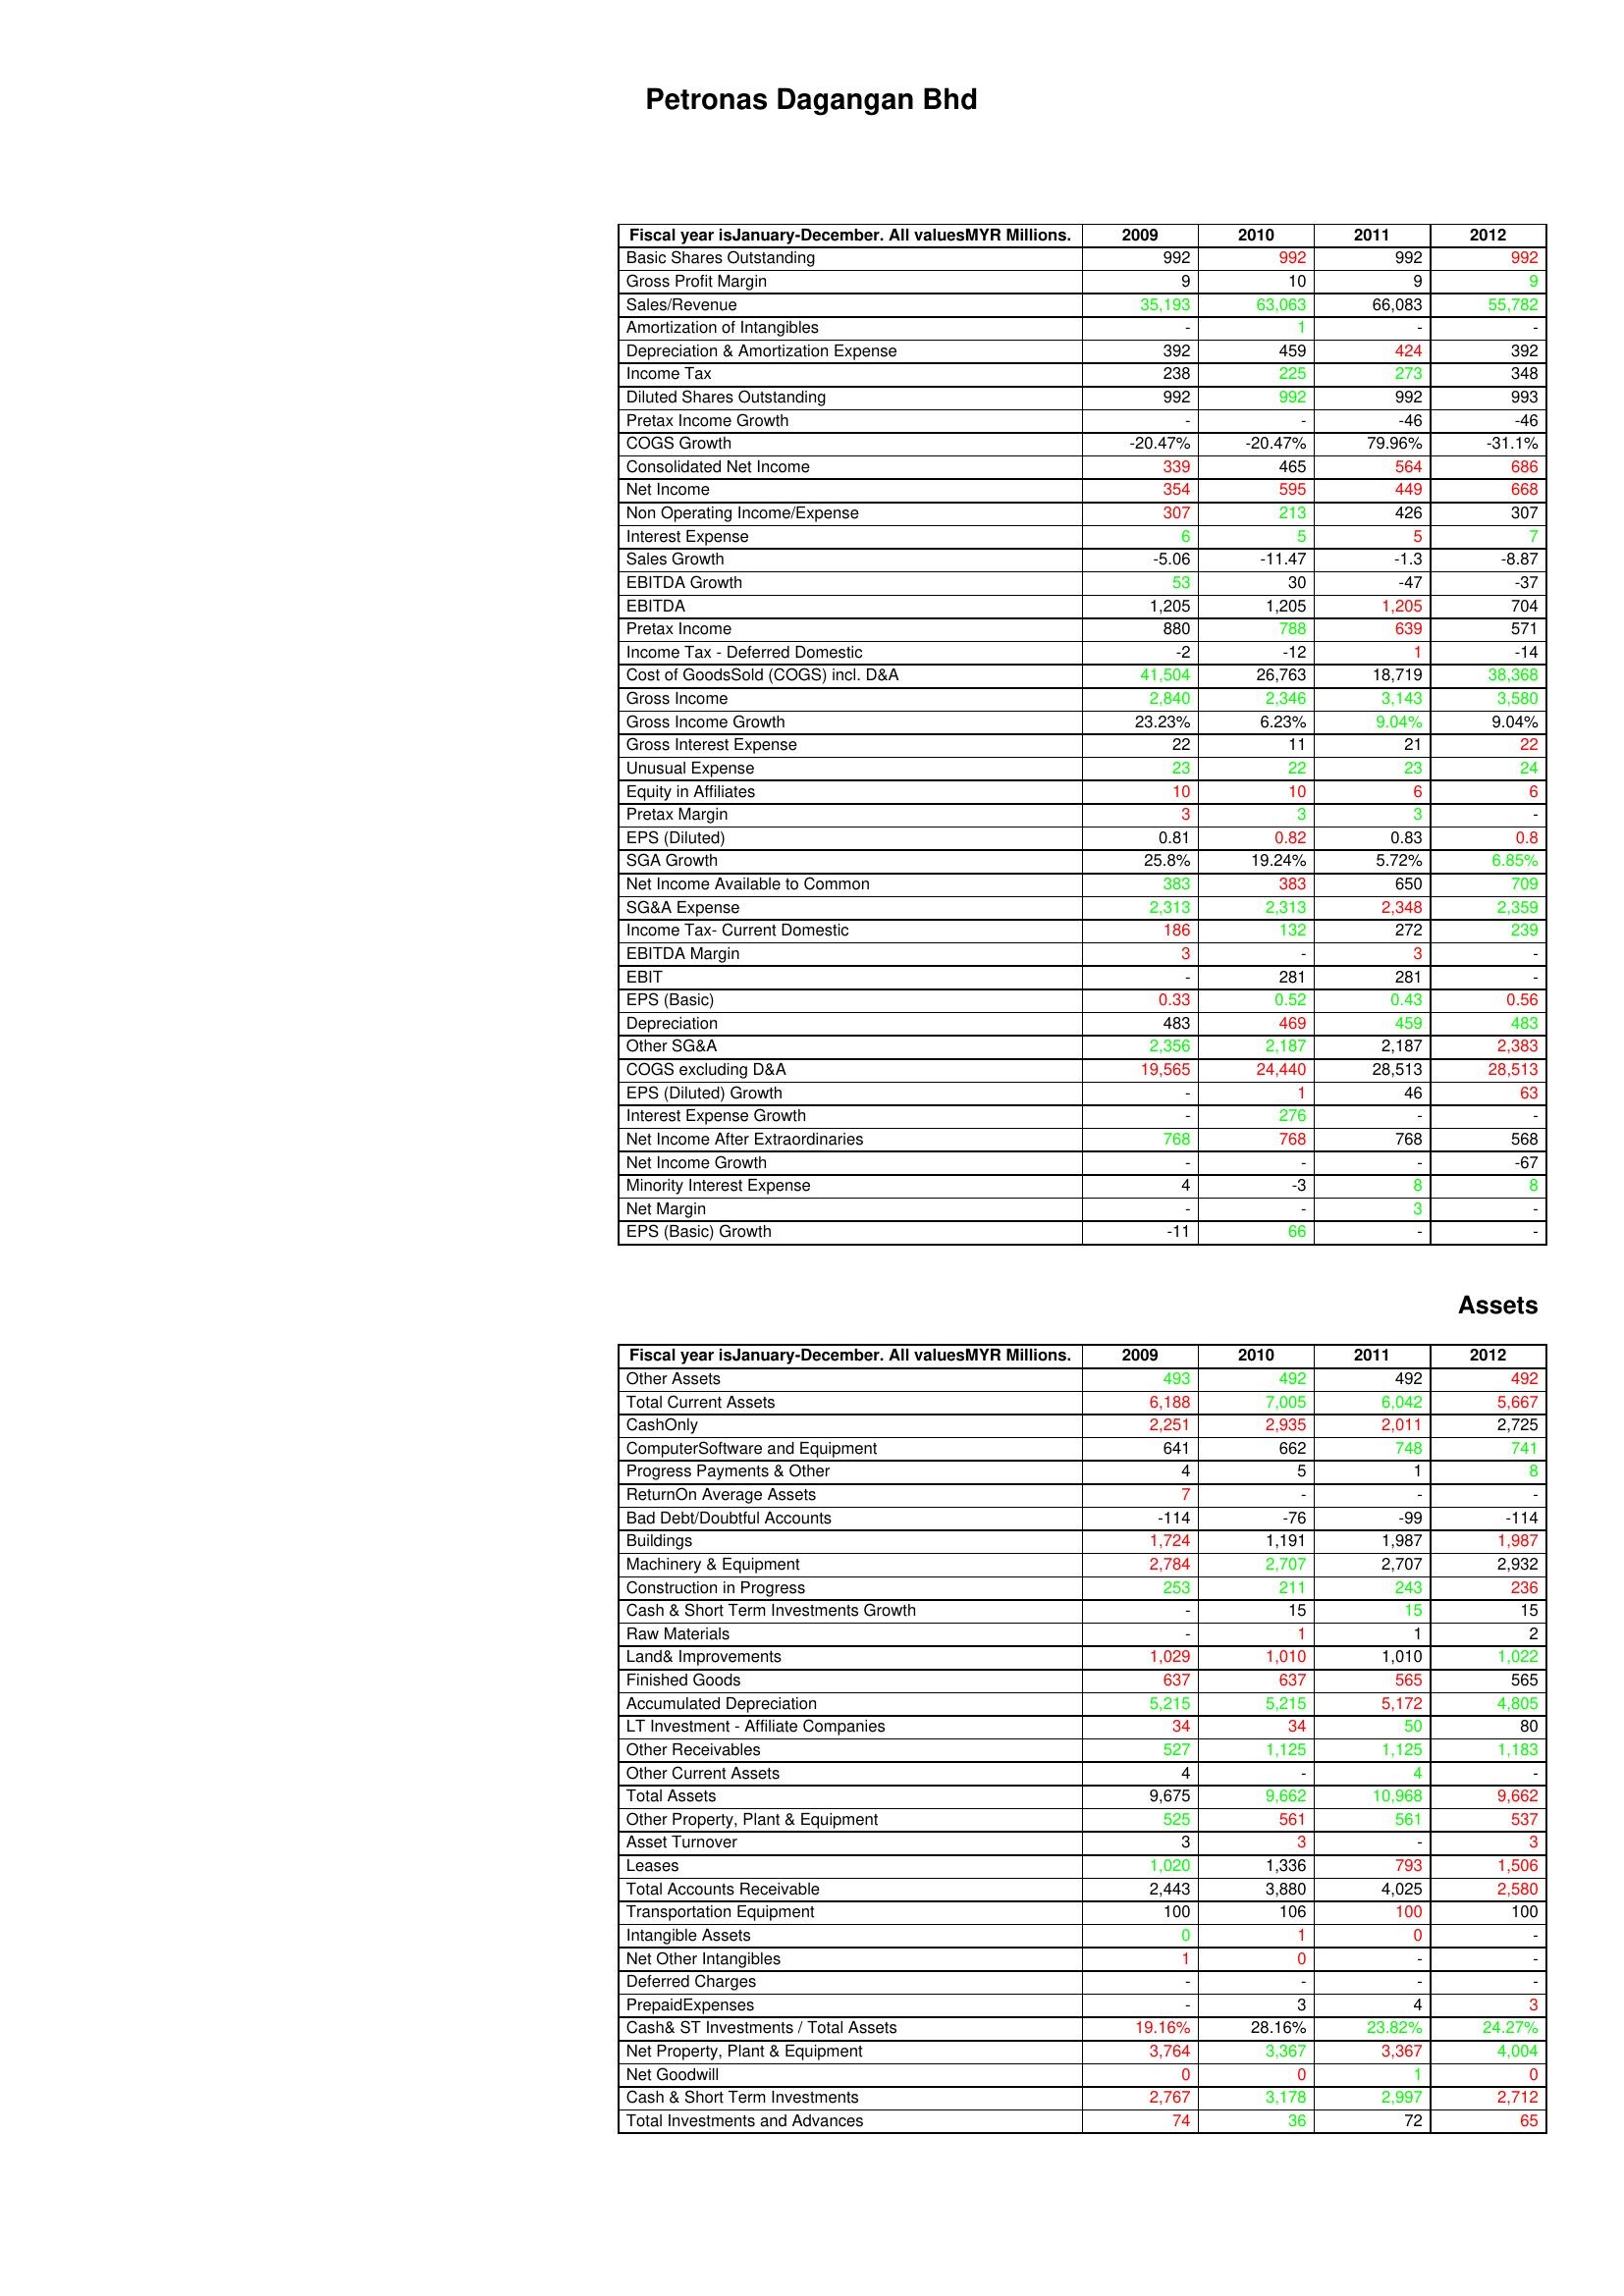
gt_parse: 2009: : Basic Shares Outstanding: 992
Gross Profit Margin: 9
Sales/Revenue: 35,193
Amortization of Intangibles: -
Depreciation & Amortization Expense: 392
Income Tax: 238
Diluted Shares Outstanding: 992
Pretax Income Growth: -
COGS Growth: -20.47%
Consolidated Net Income: 339
Net Income: 354
Non Operating Income/Expense: 307
Interest Expense: 6
Sales Growth: -5.06
EBITDA Growth: 53
EBITDA: 1,205
Pretax Income: 880
Income Tax - Deferred Domestic: -2
Cost of GoodsSold (COGS) incl. D&A: 41,504
Gross Income: 2,840
Gross Income Growth: 23.23%
Gross Interest Expense: 22
Unusual Expense: 23
Equity in Affiliates: 10
Pretax Margin: 3
EPS (Diluted): 0.81
SGA Growth: 25.8%
Net Income Available to Common: 383
SG&A Expense: 2,313
Income Tax- Current Domestic: 186
EBITDA Margin: 3
EBIT: -
EPS (Basic): 0.33
Depreciation: 483
Other SG&A: 2,356
COGS excluding D&A: 19,565
EPS (Diluted) Growth: -
Interest Expense Growth: -
Net Income After Extraordinaries: 768
Net Income Growth: -
Minority Interest Expense: 4
Net Margin: -
EPS (Basic) Growth: -11
Assets: Other Assets: 493
Total Current Assets: 6,188
CashOnly: 2,251
ComputerSoftware and Equipment: 641
Progress Payments & Other: 4
ReturnOn Average Assets: 7
Bad Debt/Doubtful Accounts: -114
Buildings: 1,724
Machinery & Equipment: 2,784
Construction in Progress: 253
Cash & Short Term Investments Growth: -
Raw Materials: -
Land& Improvements: 1,029
Finished Goods: 637
Accumulated Depreciation: 5,215
LT Investment - Affiliate Companies: 34
Other Receivables: 527
Other Current Assets: 4
Total Assets: 9,675
Other Property, Plant & Equipment: 525
Asset Turnover: 3
Leases: 1,020
Total Accounts Receivable: 2,443
Transportation Equipment: 100
Intangible Assets: 0
Net Other Intangibles: 1
Deferred Charges: -
PrepaidExpenses: -
Cash& ST Investments / Total Assets: 19.16%
Net Property, Plant & Equipment: 3,764
Net Goodwill: 0
Cash & Short Term Investments: 2,767
Total Investments and Advances: 74
2010: : Basic Shares Outstanding: 992
Gross Profit Margin: 10
Sales/Revenue: 63,063
Amortization of Intangibles: 1
Depreciation & Amortization Expense: 459
Income Tax: 225
Diluted Shares Outstanding: 992
Pretax Income Growth: -
COGS Growth: -20.47%
Consolidated Net Income: 465
Net Income: 595
Non Operating Income/Expense: 213
Interest Expense: 5
Sales Growth: -11.47
EBITDA Growth: 30
EBITDA: 1,205
Pretax Income: 788
Income Tax - Deferred Domestic: -12
Cost of GoodsSold (COGS) incl. D&A: 26,763
Gross Income: 2,346
Gross Income Growth: 6.23%
Gross Interest Expense: 11
Unusual Expense: 22
Equity in Affiliates: 10
Pretax Margin: 3
EPS (Diluted): 0.82
SGA Growth: 19.24%
Net Income Available to Common: 383
SG&A Expense: 2,313
Income Tax- Current Domestic: 132
EBITDA Margin: -
EBIT: 281
EPS (Basic): 0.52
Depreciation: 469
Other SG&A: 2,187
COGS excluding D&A: 24,440
EPS (Diluted) Growth: 1
Interest Expense Growth: 276
Net Income After Extraordinaries: 768
Net Income Growth: -
Minority Interest Expense: -3
Net Margin: -
EPS (Basic) Growth: 66
Assets: Other Assets: 492
Total Current Assets: 7,005
CashOnly: 2,935
ComputerSoftware and Equipment: 662
Progress Payments & Other: 5
ReturnOn Average Assets: -
Bad Debt/Doubtful Accounts: -76
Buildings: 1,191
Machinery & Equipment: 2,707
Construction in Progress: 211
Cash & Short Term Investments Growth: 15
Raw Materials: 1
Land& Improvements: 1,010
Finished Goods: 637
Accumulated Depreciation: 5,215
LT Investment - Affiliate Companies: 34
Other Receivables: 1,125
Other Current Assets: -
Total Assets: 9,662
Other Property, Plant & Equipment: 561
Asset Turnover: 3
Leases: 1,336
Total Accounts Receivable: 3,880
Transportation Equipment: 106
Intangible Assets: 1
Net Other Intangibles: 0
Deferred Charges: -
PrepaidExpenses: 3
Cash& ST Investments / Total Assets: 28.16%
Net Property, Plant & Equipment: 3,367
Net Goodwill: 0
Cash & Short Term Investments: 3,178
Total Investments and Advances: 36
2011: : Basic Shares Outstanding: 992
Gross Profit Margin: 9
Sales/Revenue: 66,083
Amortization of Intangibles: -
Depreciation & Amortization Expense: 424
Income Tax: 273
Diluted Shares Outstanding: 992
Pretax Income Growth: -46
COGS Growth: 79.96%
Consolidated Net Income: 564
Net Income: 449
Non Operating Income/Expense: 426
Interest Expense: 5
Sales Growth: -1.3
EBITDA Growth: -47
EBITDA: 1,205
Pretax Income: 639
Income Tax - Deferred Domestic: 1
Cost of GoodsSold (COGS) incl. D&A: 18,719
Gross Income: 3,143
Gross Income Growth: 9.04%
Gross Interest Expense: 21
Unusual Expense: 23
Equity in Affiliates: 6
Pretax Margin: 3
EPS (Diluted): 0.83
SGA Growth: 5.72%
Net Income Available to Common: 650
SG&A Expense: 2,348
Income Tax- Current Domestic: 272
EBITDA Margin: 3
EBIT: 281
EPS (Basic): 0.43
Depreciation: 459
Other SG&A: 2,187
COGS excluding D&A: 28,513
EPS (Diluted) Growth: 46
Interest Expense Growth: -
Net Income After Extraordinaries: 768
Net Income Growth: -
Minority Interest Expense: 8
Net Margin: 3
EPS (Basic) Growth: -
Assets: Other Assets: 492
Total Current Assets: 6,042
CashOnly: 2,011
ComputerSoftware and Equipment: 748
Progress Payments & Other: 1
ReturnOn Average Assets: -
Bad Debt/Doubtful Accounts: -99
Buildings: 1,987
Machinery & Equipment: 2,707
Construction in Progress: 243
Cash & Short Term Investments Growth: 15
Raw Materials: 1
Land& Improvements: 1,010
Finished Goods: 565
Accumulated Depreciation: 5,172
LT Investment - Affiliate Companies: 50
Other Receivables: 1,125
Other Current Assets: 4
Total Assets: 10,968
Other Property, Plant & Equipment: 561
Asset Turnover: -
Leases: 793
Total Accounts Receivable: 4,025
Transportation Equipment: 100
Intangible Assets: 0
Net Other Intangibles: -
Deferred Charges: -
PrepaidExpenses: 4
Cash& ST Investments / Total Assets: 23.82%
Net Property, Plant & Equipment: 3,367
Net Goodwill: 1
Cash & Short Term Investments: 2,997
Total Investments and Advances: 72
2012: : Basic Shares Outstanding: 992
Gross Profit Margin: 9
Sales/Revenue: 55,782
Amortization of Intangibles: -
Depreciation & Amortization Expense: 392
Income Tax: 348
Diluted Shares Outstanding: 993
Pretax Income Growth: -46
COGS Growth: -31.1%
Consolidated Net Income: 686
Net Income: 668
Non Operating Income/Expense: 307
Interest Expense: 7
Sales Growth: -8.87
EBITDA Growth: -37
EBITDA: 704
Pretax Income: 571
Income Tax - Deferred Domestic: -14
Cost of GoodsSold (COGS) incl. D&A: 38,368
Gross Income: 3,580
Gross Income Growth: 9.04%
Gross Interest Expense: 22
Unusual Expense: 24
Equity in Affiliates: 6
Pretax Margin: -
EPS (Diluted): 0.8
SGA Growth: 6.85%
Net Income Available to Common: 709
SG&A Expense: 2,359
Income Tax- Current Domestic: 239
EBITDA Margin: -
EBIT: -
EPS (Basic): 0.56
Depreciation: 483
Other SG&A: 2,383
COGS excluding D&A: 28,513
EPS (Diluted) Growth: 63
Interest Expense Growth: -
Net Income After Extraordinaries: 568
Net Income Growth: -67
Minority Interest Expense: 8
Net Margin: -
EPS (Basic) Growth: -
Assets: Other Assets: 492
Total Current Assets: 5,667
CashOnly: 2,725
ComputerSoftware and Equipment: 741
Progress Payments & Other: 8
ReturnOn Average Assets: -
Bad Debt/Doubtful Accounts: -114
Buildings: 1,987
Machinery & Equipment: 2,932
Construction in Progress: 236
Cash & Short Term Investments Growth: 15
Raw Materials: 2
Land& Improvements: 1,022
Finished Goods: 565
Accumulated Depreciation: 4,805
LT Investment - Affiliate Companies: 80
Other Receivables: 1,183
Other Current Assets: -
Total Assets: 9,662
Other Property, Plant & Equipment: 537
Asset Turnover: 3
Leases: 1,506
Total Accounts Receivable: 2,580
Transportation Equipment: 100
Intangible Assets: -
Net Other Intangibles: -
Deferred Charges: -
PrepaidExpenses: 3
Cash& ST Investments / Total Assets: 24.27%
Net Property, Plant & Equipment: 4,004
Net Goodwill: 0
Cash & Short Term Investments: 2,712
Total Investments and Advances: 65